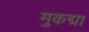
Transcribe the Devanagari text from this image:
मुकद्मा